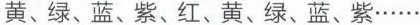
黄、绿、蓝、紫、红、黄、绿、蓝、紫……